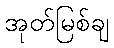
အုတ်မြစ်ချ